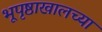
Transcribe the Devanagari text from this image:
भूपृष्ठाखालच्या